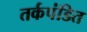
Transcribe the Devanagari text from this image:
तर्कपंडित